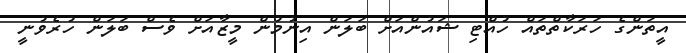
އީތަންގެ ހަރަކާތްތައް ހުއްޓި ޝައުންއަށް ބަލަން އިނުމުން މީޒާއަށް ވެސް ބަލަން ހުރެވުނީ